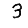
Digit: 3